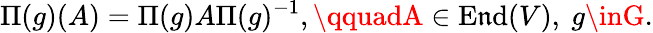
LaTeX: \Pi(g)(A)=\Pi(g)A\Pi(g)^{-1},\qquadA\in\operatorname{E\mathfrak{n}d}(V),\ g\inG.